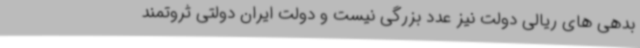
بدهی های ریالی دولت نیز عدد بزرگی نیست و دولت ایران دولتی ثروتمند